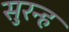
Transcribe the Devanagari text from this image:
सुरन्ह